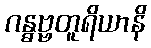
ဂန္ဓဗ္ဗတူရိယာနိ